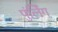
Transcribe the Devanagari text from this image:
पुंर्लिग